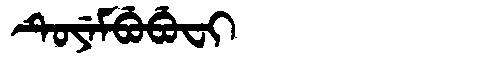
Manchu: ᡨᡠᠶᡝᠮᠪᡠᠪᡠᠸᡳ
Romanization: TUYEMBUBUFI